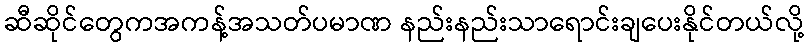
ဆီဆိုင်တွေကအကန့်အသတ်ပမာဏ နည်းနည်းသာရောင်းချပေးနိုင်တယ်လို့